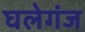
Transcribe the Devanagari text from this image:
घलेगंज